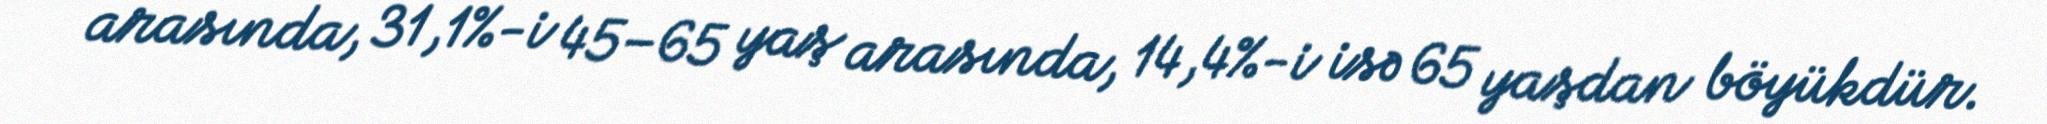
arasında, 31,1%-i 45–65 yaş arasında, 14,4%-i isə 65 yaşdan böyükdür.